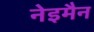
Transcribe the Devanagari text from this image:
नेइमैन